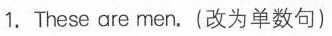
1.These are men.(改为单数句)